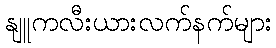
နျူကလီးယားလက်နက်များ